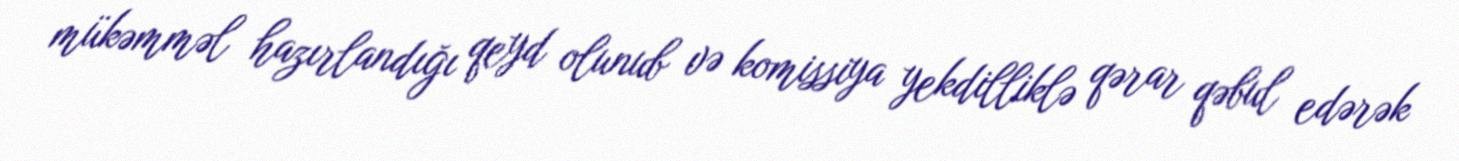
mükəmməl hazırlandığı qeyd olunub və komissiya yekdilliklə qərar qəbul edərək